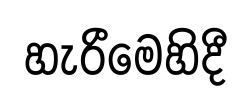
හැරීමෙහිදී